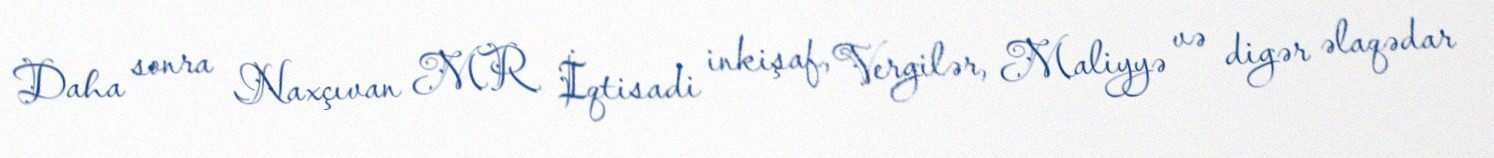
Daha sonra Naxçıvan MR İqtisadi inkişaf, Vergilər, Maliyyə və digər əlaqədar